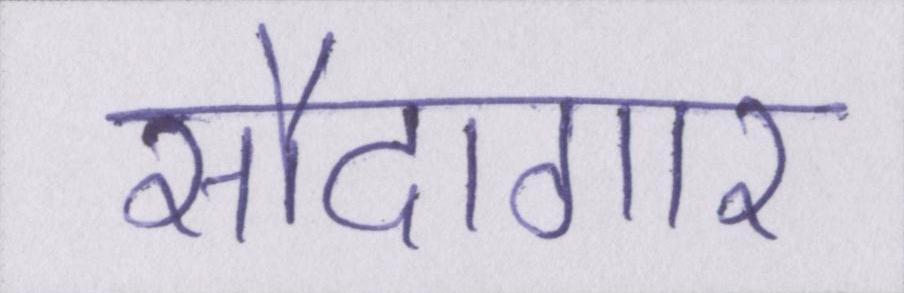
सौदागार